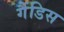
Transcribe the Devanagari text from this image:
गैंडिस